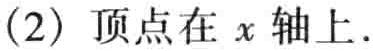
(2) 顶点在 \(x\) 轴上.